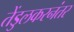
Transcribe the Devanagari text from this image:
तेंडुलकरनंतर